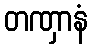
တဏှာနံ